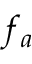
f _ { a }